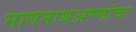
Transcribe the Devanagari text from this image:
नागनाथअण्णांचा